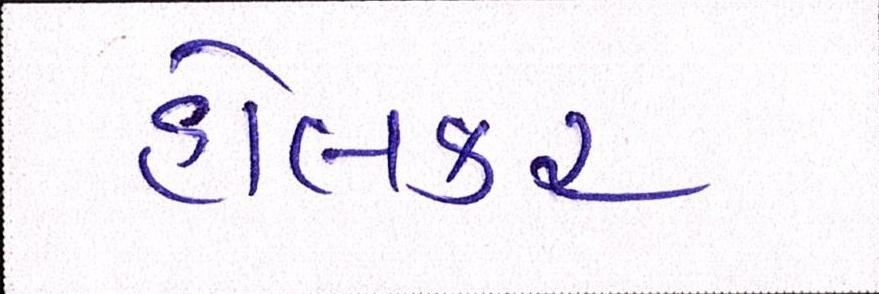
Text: હોલકર